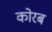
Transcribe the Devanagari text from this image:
कोरब